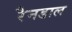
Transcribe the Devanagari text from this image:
रैनडाल